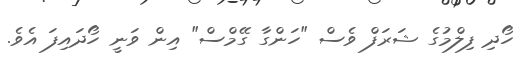
ހޯދި ފިލްމުގެ ޝަރަފް ވެސް "ހަންގާ ގޭމްސް" އިން ވަނީ ހޯދައިފަ އެވެ.